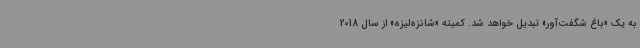
به یک «باغ شگفت‌آور» تبدیل خواهد شد. کمیته «شانزه‌لیزه» از سال 2018